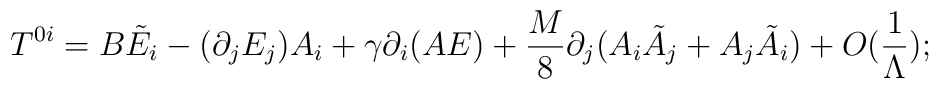
T^{0i}= B\tilde E_i - (\partial_j E_j) A_i + \gamma\partial_i(AE) + \frac{M}{8} \partial_j(A_i \tilde A_j + A_j \tilde A_i) +O(\frac{1}{\Lambda});